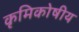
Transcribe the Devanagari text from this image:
कृमिकोषीय